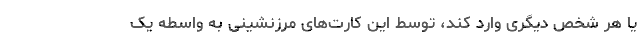
یا هر شخص دیگری وارد کند، توسط این کارت‌های مرزنشینی به واسطه یک